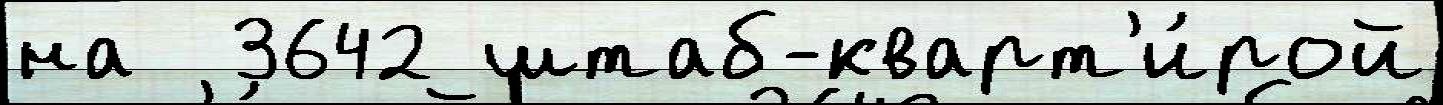
на  3642 штаб-кварт'и́рой